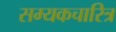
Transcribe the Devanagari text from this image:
सम्यकचारित्र